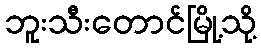
ဘူးသီးတောင်မြို့သို့